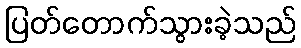
ပြတ်တောက်သွားခဲ့သည်